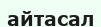
айтасал